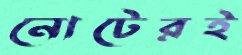
নোটেরই